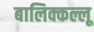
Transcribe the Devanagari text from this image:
बालिक्कल्लू